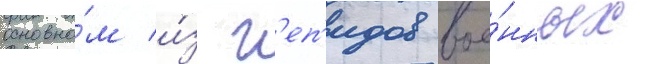
основно́м и́з г'еп'идов вое́нных